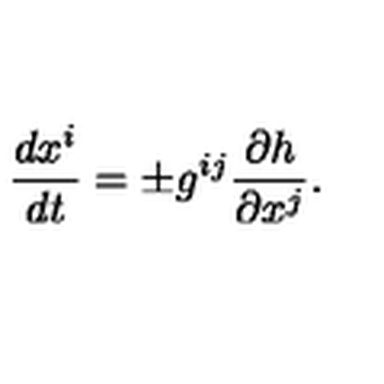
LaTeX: { \frac { d x ^ { i } } { d t } } = \pm g ^ { i j } { \frac { \partial h } { \partial x ^ { j } } } .